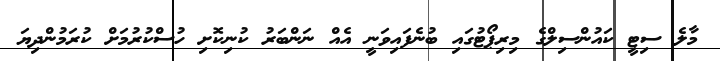
މާލެ ސިޓީ ކައުންސިލްގެ މިރިޕޯޓުގައި ބުނެފައިވަނީ އެއް ނަންބަރު ކުނިކޮށި ހުސްކުރުމަށް ކުރަމުންދިޔަ